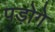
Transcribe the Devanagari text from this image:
पड़ोगे